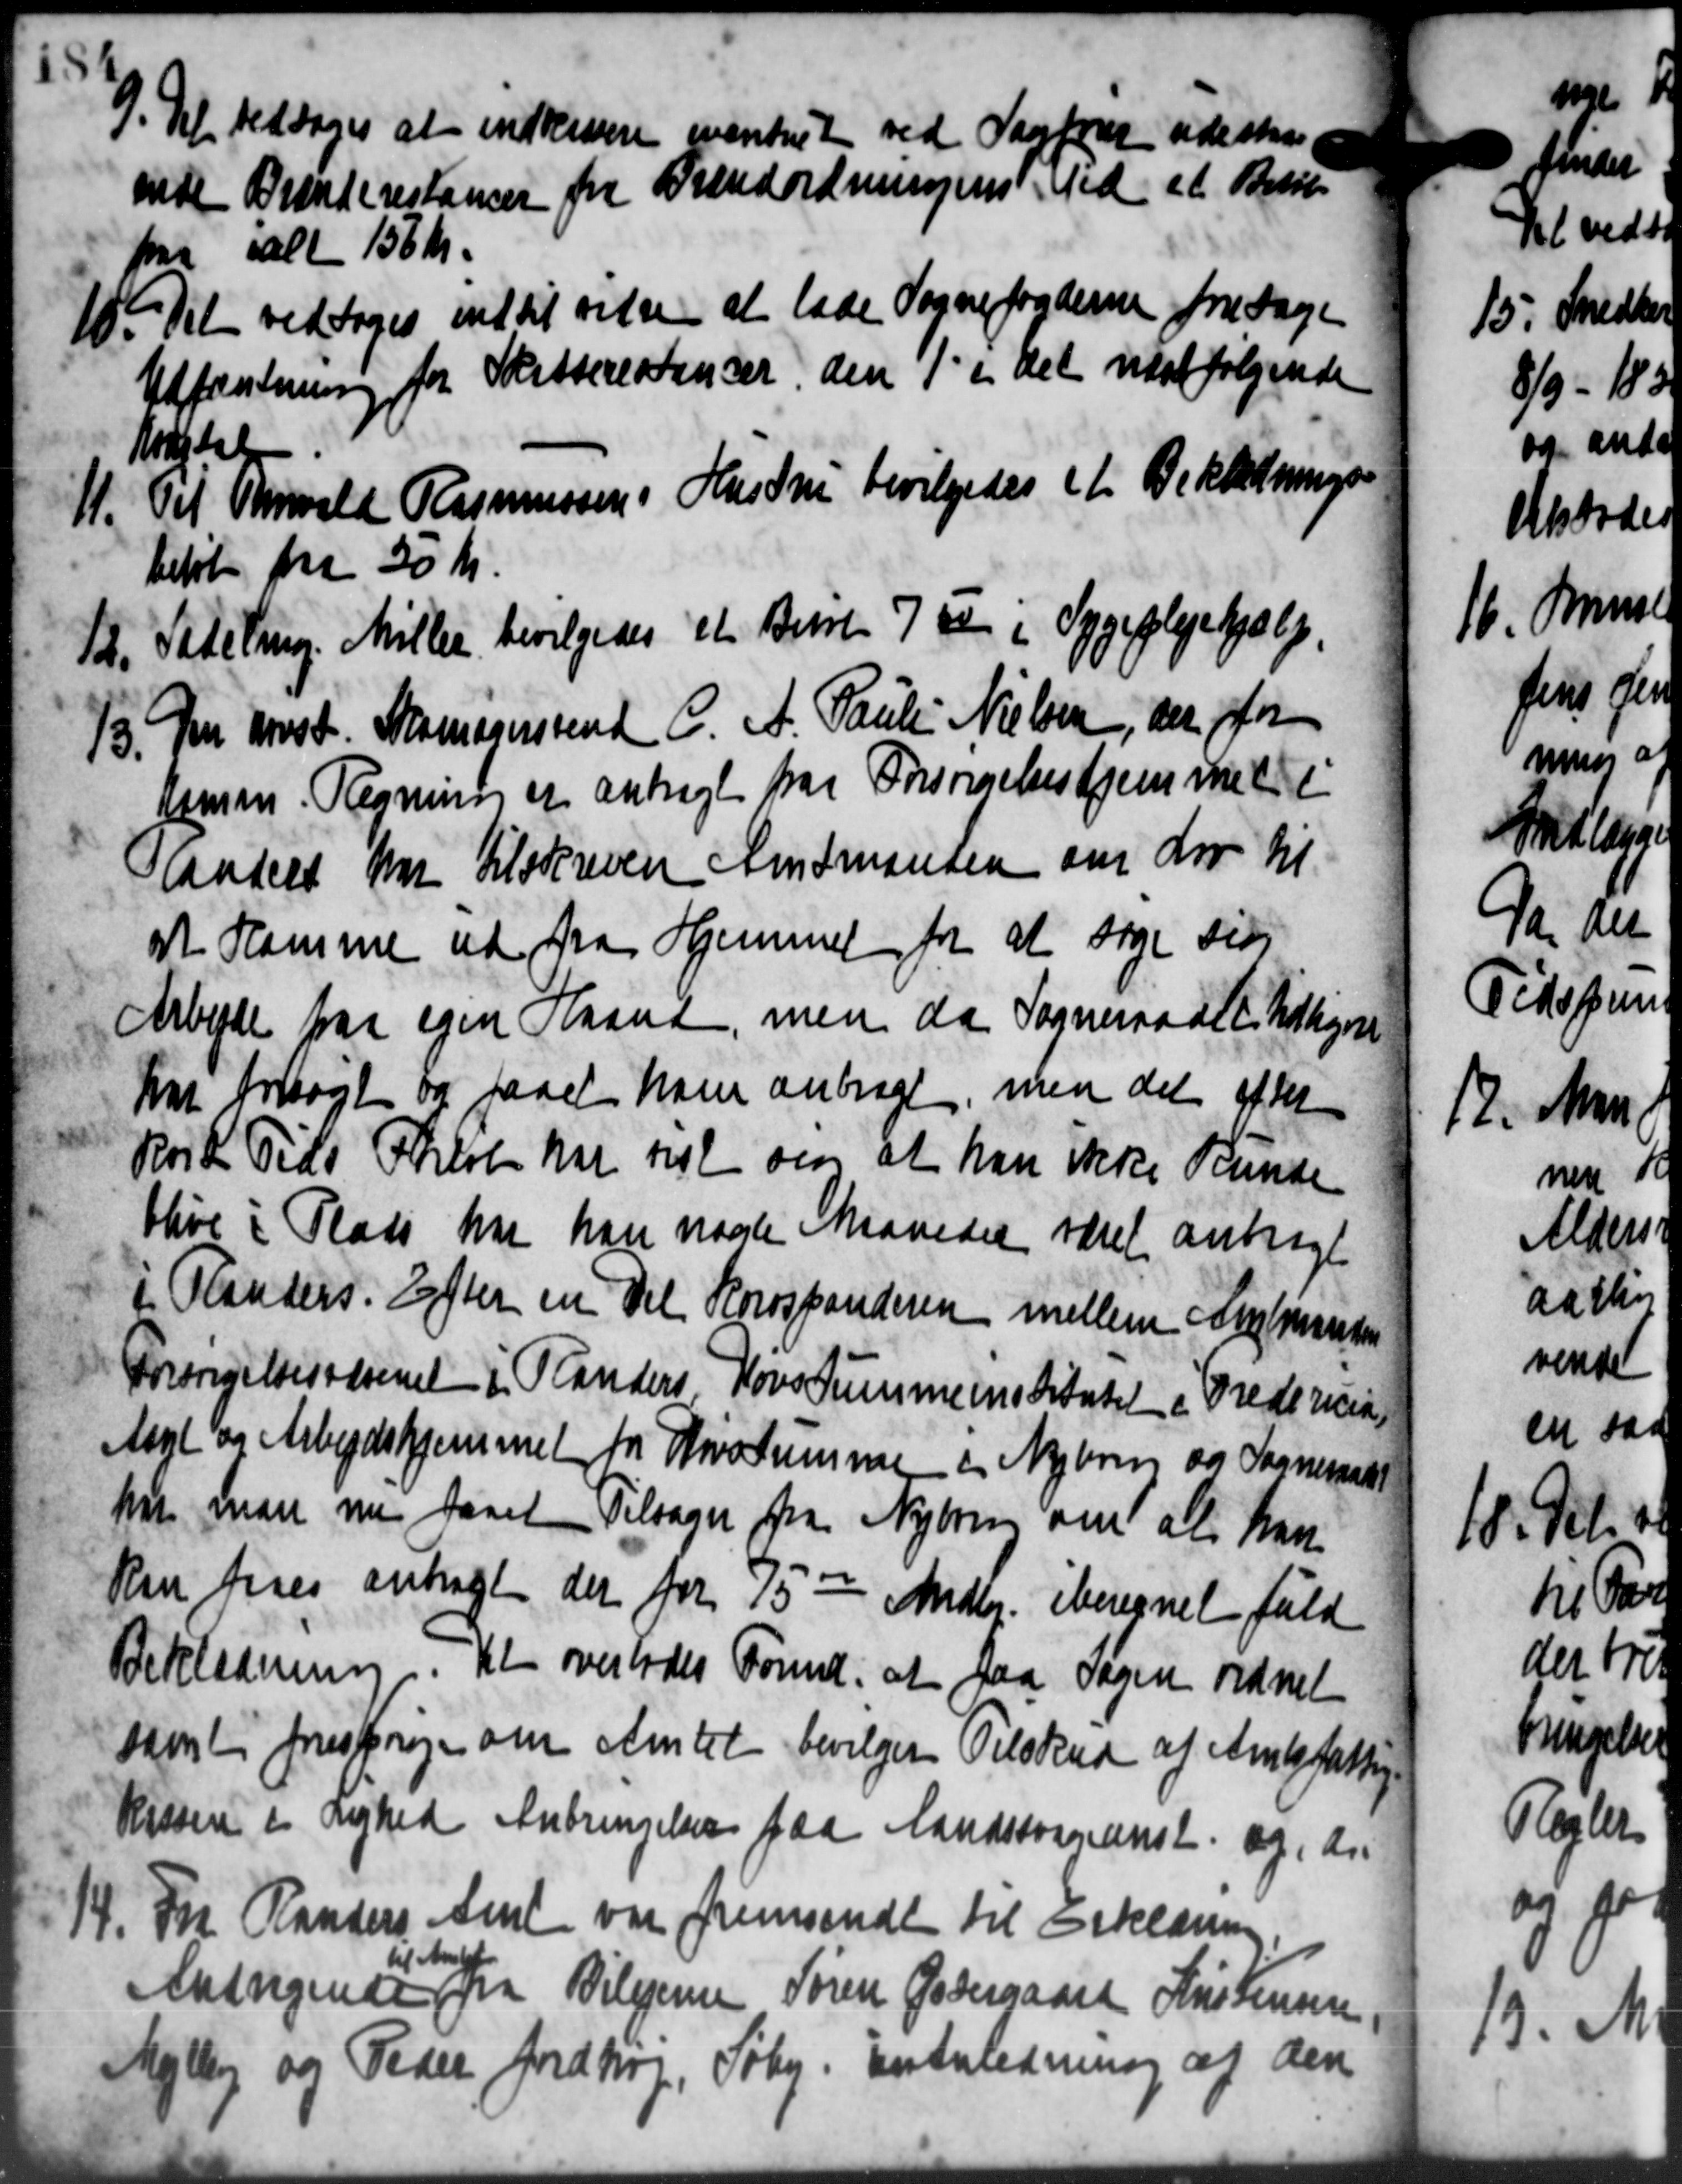
Transskription:
9. Det vedtoges at indkivere eventet ved Sagføre udester,
9. Det vedtoges at indkivere eventet ved Sagføre udester,
ende Brænderestancer fra Brændordningens Ved et Beløb
paa ialt 156 Kr.
10. Det vedtoges int til vidse at lade Sognefogderne foretage
10. Det vedtoges int til vidse at lade Sognefogderne foretage
Udfantning for Skatterestancer den 1' i det nat følgende
Mastels
11. Til Varvald Rasmussen i Hustru bevilgedes et Beklædninger
11. Til Varvald Rasmussen i Hustru bevilgedes et Beklædninger
beløb fra 50 Kr.
12.
Skdeling. Møller bevilgedes et Beret 7 de i Sygeplejehjælp.
13. Den anst. Skomagersvend C. A. Paulie Nielsen, der for
13. Den anst. Skomagersvend C. A. Paulie Nielsen, der for
tamm. Regning er anbragt par Forsørgelseshjemmet i
Graadet har tilskreven Amtmanden om Lov til
at Hamme ud paa Hjemmet for at søge sids
Arbejde paa egen Haand, men da Sogneraadet Udligere
har forsøgt og faaet ham anbragt, men det efter
Kort Tids Palob har til om at han ikke kunde
blive i Plads har han nogle Maaneder været anbragt
i Planders. Efter en Del Korspanderen mellem Sygmanden
Forsørgelsesvæsenet i Randers Høvs Summeinstitutet i Fredericia,
Aagl og Arbejdshjemmet for Kristummen i Mejeren og Sogneraadet
har man nu faaet Tilsager fra Nyborg om at han
ken føres anbragt der for 75 - Mndlg. iberegnet fuld
Beklædning. Det overlodes Formd. at paa Sagen ordnet
samt forespørge om Amtet bevilges Tilskud af Amtsfattige
Kissen i Lighed Anbringelser paa Landsforanst og den
14. Fra Randers Amt var fremsendt til Erklæring
14. Fra Randers Amt var fremsendt til Erklæring
Andragende fra Bilejerne Søren Godergaard Kristensen
til at 1
Mejlby og Peder Jordtrop, Søby. En Anledning af den